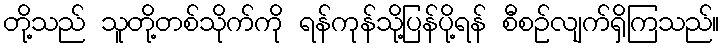
တို့သည် သူတို့တစ်သိုက်ကို ရန်ကုန်သို့ပြန်ပို့ရန် စီစဉ်လျက်ရှိကြသည်။